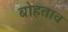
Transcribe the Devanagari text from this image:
बोहताव